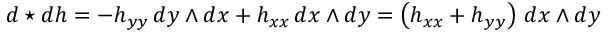
d \star d h = - h _ { y y } \, d y \wedge d x + h _ { x x } \, d x \wedge d y = \left( h _ { x x } + h _ { y y } \right) \, d x \wedge d y